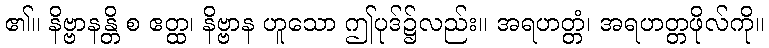
၏။ နိဗ္ဗာနန္တိ စ ဧတ္ထ၊ နိဗ္ဗာန ဟူသော ဤပုဒ်၌လည်း။ အရဟတ္တံ၊ အရဟတ္တဖိုလ်ကို။